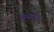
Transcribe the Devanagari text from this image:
व्यसनेन